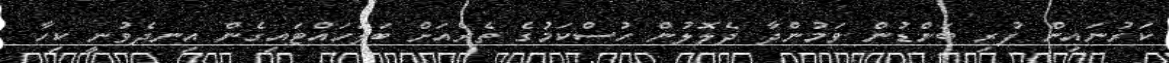
ކަރުނައިން ފުރި ބަންޑުން ވަމުންދާ ދެލޮލުން ހުސްކަމުގެ ތެރެއަށް ބަލަހައްޓައިގެން އިނދެވުނީ ކިހާ